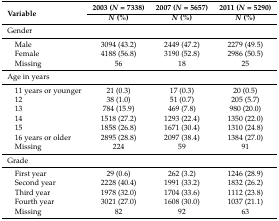
| <ROWSPAN=2> Variable | 2003 (N = 7338) | 2007 (N = 5657) | 2011 (N = 5290) |
 | N (%) | N (%) | N (%) |
 | --- | --- | --- | --- |
 | Gender |  |  |  |
 | Male | 3094 (43.2) | 2449 (47.2) | 2279 (49.5) |
 | Female | 4188 (56.8) | 3190 (52.8) | 2986 (50.5) |
 | Missing | 56 | 18 | 25 |
 | Age in years |  |  |  |
 | 11 years or younger | 21 (0.3) | 17 (0.3) | 20 (0.5) |
 | 12 | 38 (1.0) | 51 (0.7) | 205 (5.7) |
 | 13 | 784 (15.9) | 469 (7.8) | 980 (20.0) |
 | 14 | 1518 (27.2) | 1293 (22.4) | 1350 (22.0) |
 | 15 | 1858 (26.8) | 1671 (30.4) | 1310 (24.8) |
 | 16 years or older | 2895 (28.8) | 2097 (38.4) | 1384 (27.0) |
 | Missing | 224 | 59 | 91 |
 | Grade |  |  |  |
 | First year | 29 (0.6) | 262 (3.2) | 1246 (28.9) |
 | Second year | 2228 (40.4) | 1991 (33.2) | 1832 (26.2) |
 | Third year | 1978 (32.0) | 1704 (33.6) | 1112 (23.8) |
 | Fourth year | 3021 (27.0) | 1608 (30.0) | 1037 (21.1) |
 | Missing | 82 | 92 | 63 |